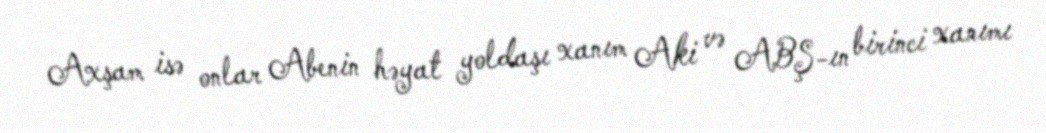
Axşam isə onlar Abenin həyat yoldaşı xanım Aki və ABŞ-ın birinci xanımı